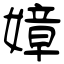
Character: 嫜